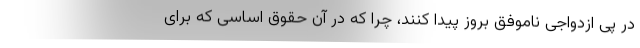
در پی ازدواجی ناموفق بروز پیدا کنند، چرا که در آن حقوق اساسی که برای